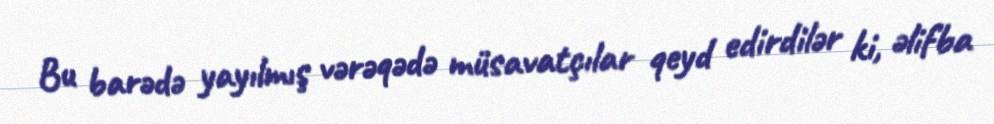
Bu barədə yayılmış vərəqədə müsavatçılar qeyd edirdilər ki, əlifba